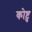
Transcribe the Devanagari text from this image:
कोष्टु